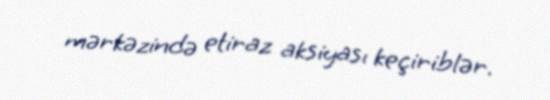
mərkəzində etiraz aksiyası keçiriblər.